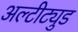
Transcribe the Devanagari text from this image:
अल्टीट्युड